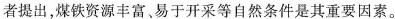
者提出，煤铁资源丰富、易于开采等自然条件是其重要因素。